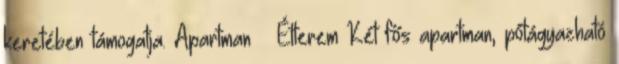
keretében támogatja. Apartman – Étterem Két fős apartman, pótágyazható